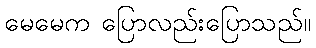
မေမေက ပြောလည်းပြောသည်။